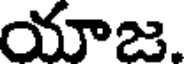
యాజ.